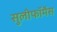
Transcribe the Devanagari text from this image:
सुलीफॉर्मेस